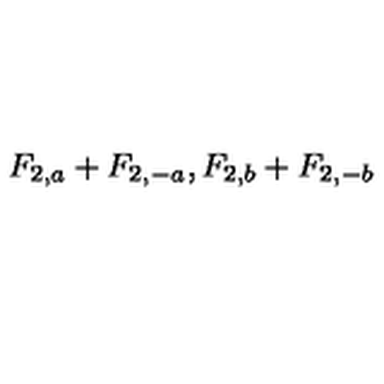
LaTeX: F _ { 2 , a } + F _ { 2 , - a } , F _ { 2 , b } + F _ { 2 , - b }